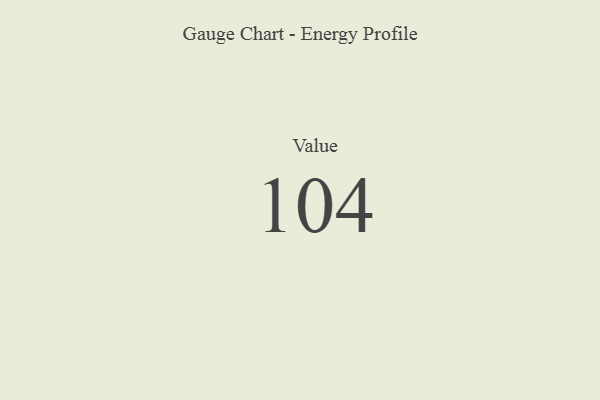
{"axis": {"x": "Metric", "y": "Value"}, "legend": [""], "data": [{"x": "Value", "y": 104, "type": ""}]}